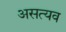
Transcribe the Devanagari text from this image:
असत्यव